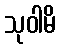
သုဝါမိ